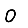
Digit: 0